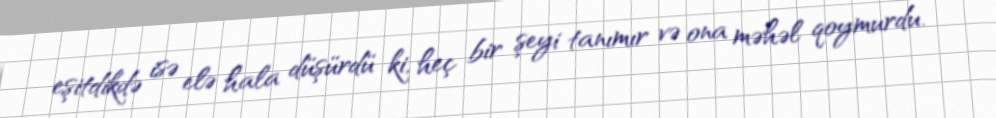
eşitdikdə isə elə hala düşürdü ki, heç bir şeyi tanımır və ona məhəl qoymurdu.